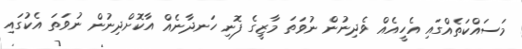
މަސައްކަތެއްގައި އެހީއެއް ވެދިނުން ނުވަތަ މާޒީގެ ފޮނި ހަނދާނެއް އާކޮށްދިނުން ނުވަތަ އެކުގައި